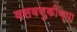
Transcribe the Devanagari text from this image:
वसवणुकीच्या